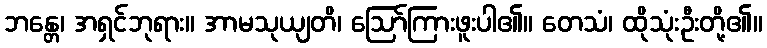
ဘန္တေ၊ အရှင်ဘုရား။ အာမသုယျတိ၊ ဩော်ကြားဖူးပါ၏။ တေသံ၊ ထိုသုံးဦးတို့၏။